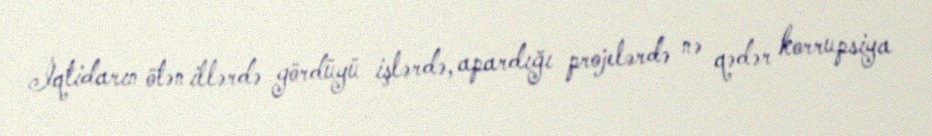
İqtidarın ötən illərdə gördüyü işlərdə, apardığı projelərdə nə qədər korrupsiya